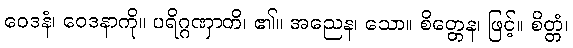
ဝေဒနံ၊ ဝေဒနာကို။ ပရိဂ္ဂဏှာတိ၊ ၏။ အညေန၊ သော။ စိတ္တေန၊ ဖြင့်။ စိတ္တံ၊